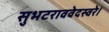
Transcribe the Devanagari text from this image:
सुभटराववेदस्वरे।